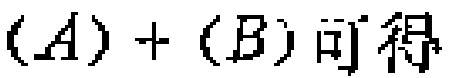
$(A)+(B)可得$